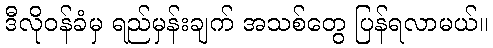
ဒီလိုဝန်ခံမှ ရည်မှန်းချက် အသစ်တွေ ပြန်ရလာမယ်။